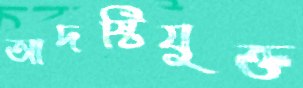
আদষ্টিযুক্ত